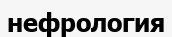
нефрология